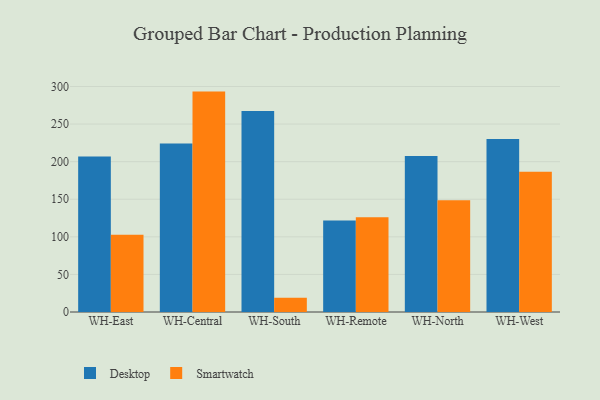
{"axis": {"x": "Warehouse", "y": "Inventory Turnover"}, "legend": ["Desktop", "Smartwatch"], "data": [{"x": "WH-East", "y": 207.0, "type": "Desktop"}, {"x": "WH-East", "y": 102.7, "type": "Smartwatch"}, {"x": "WH-Central", "y": 224.3, "type": "Desktop"}, {"x": "WH-Central", "y": 293.2, "type": "Smartwatch"}, {"x": "WH-South", "y": 267.4, "type": "Desktop"}, {"x": "WH-South", "y": 18.9, "type": "Smartwatch"}, {"x": "WH-Remote", "y": 121.7, "type": "Desktop"}, {"x": "WH-Remote", "y": 125.9, "type": "Smartwatch"}, {"x": "WH-North", "y": 207.5, "type": "Desktop"}, {"x": "WH-North", "y": 148.5, "type": "Smartwatch"}, {"x": "WH-West", "y": 230.1, "type": "Desktop"}, {"x": "WH-West", "y": 186.7, "type": "Smartwatch"}]}